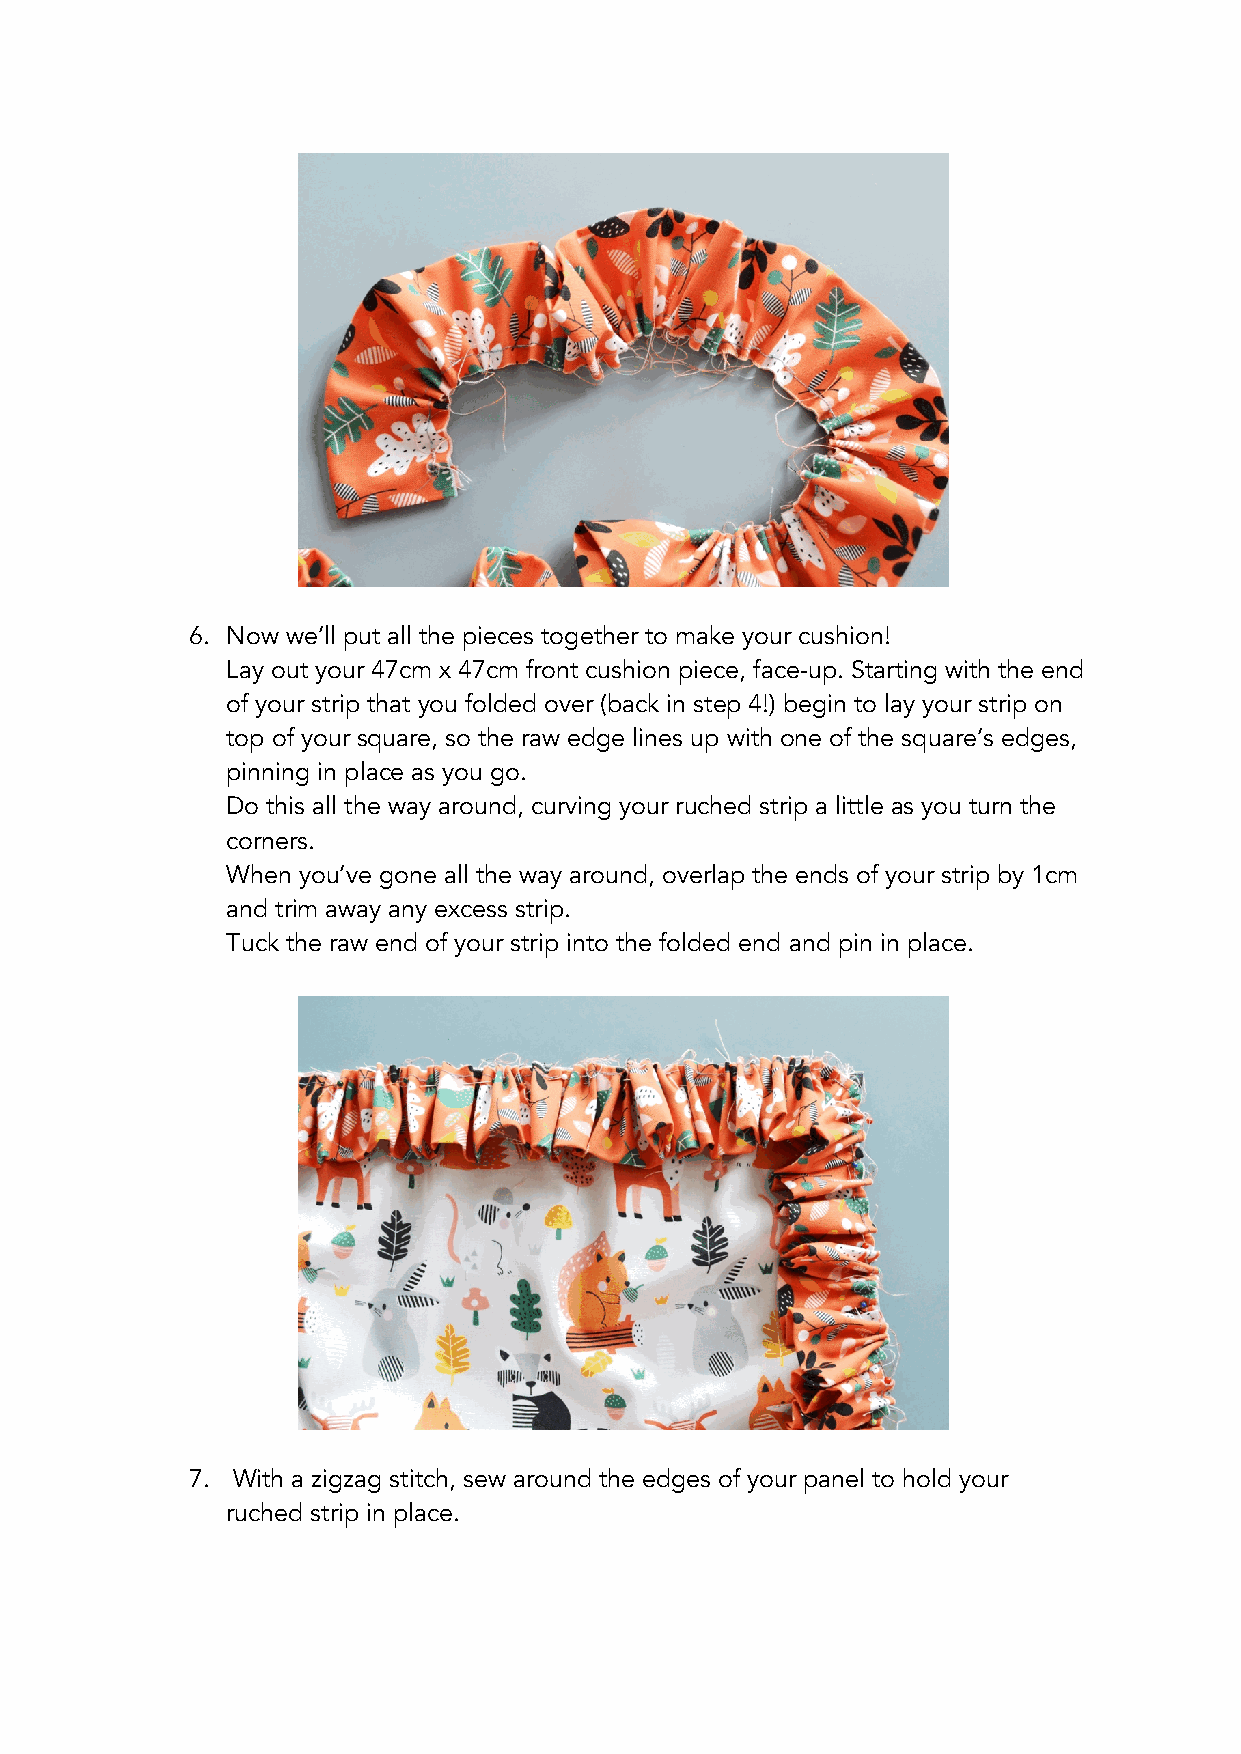
6. Now we’ll put all the pieces together to make your cushion!
 Lay out your 47cm x 47cm front cushion piece, face-up. Starting with the end
 of your strip that you folded over (back in step 4!) begin to lay your strip on
 top of your square, so the raw edge lines up with one of the square’s edges,
 pinning in place as you go.
 Do this all the way around, curving your ruched strip a little as you turn the
 corners.
 When you’ve gone all the way around, overlap the ends of your strip by 1cm
 and trim away any excess strip.
 Tuck the raw end of your strip into the folded end and pin in place.
 7. With a zigzag stitch, sew around the edges of your panel to hold your
 ruched strip in place.